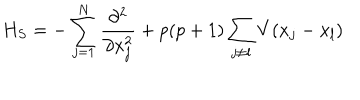
H _ { S } = - \sum _ { j = 1 } ^ { N } { \frac { \partial ^ { 2 } } { \partial x _ { j } ^ { 2 } } } + p ( p + 1 ) \sum _ { j \neq l } V ( x _ { j } - x _ { l } )